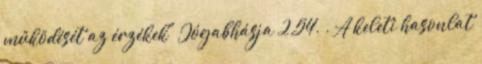
működését az érzékek" Jógabhásja 2,54. . A keleti hasonlat